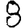
Digit: 8